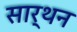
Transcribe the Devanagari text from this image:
सार्थन